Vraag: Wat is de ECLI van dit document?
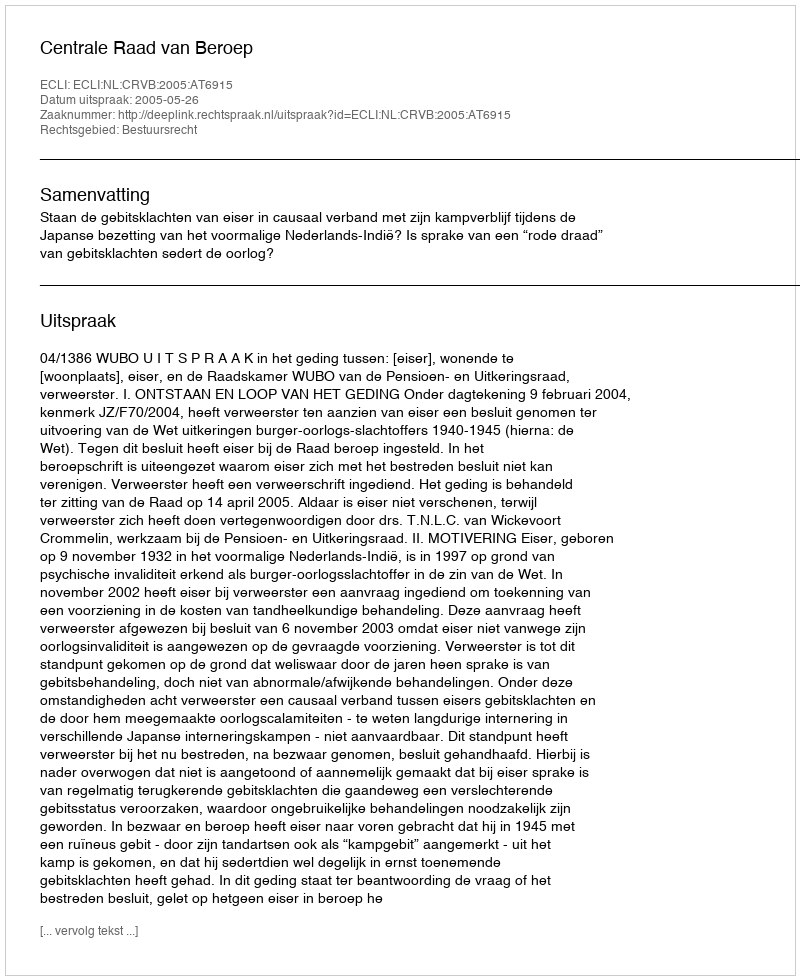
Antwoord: ECLI:NL:CRVB:2005:AT6915